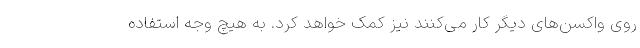
روی واکسن‌های دیگر کار می‌کنند نیز کمک خواهد کرد. به هیچ وجه استفاده